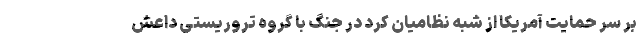
بر سر حمایت آمریکا از شبه نظامیان کرد در جنگ با گروه تروریستی داعش